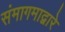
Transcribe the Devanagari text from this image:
संमागमाद्वारे